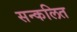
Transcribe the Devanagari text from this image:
सन्कलित